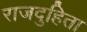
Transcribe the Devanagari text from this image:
राजदुहिता